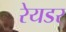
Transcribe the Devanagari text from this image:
रेयडर